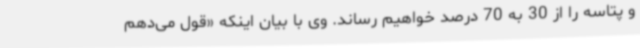
و پتاسه را از 30 به 70 درصد خواهیم رساند. وی با بیان اینکه «قول می‌دهم